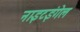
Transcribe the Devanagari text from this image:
नाइटइंगेल